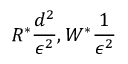
R ^ { * } \frac { d ^ { 2 } } { \epsilon ^ { 2 } } , W ^ { * } \frac { 1 } { \epsilon ^ { 2 } }